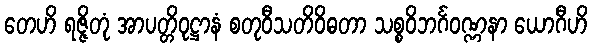
တေဟိ ရဇ္ဇိတုံ အာပတ္တိဝုဋ္ဌာနံ စတုဝီသတိဝိဓတာ သစ္စဝိဘင်္ဂဝဏ္ဏနာ ယောဂီဟိ